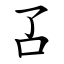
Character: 叾